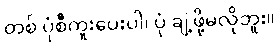
တစ် ပုံစီကူးပေးပါ၊ ပုံ ချဲ့ဖို့မလိုဘူး။